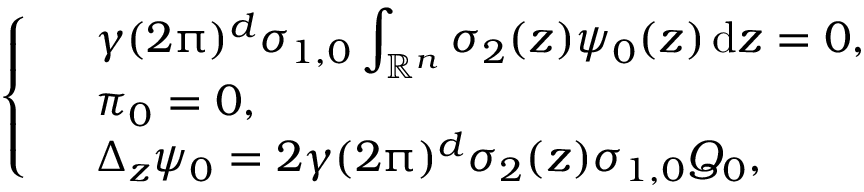
\left\{ \begin{array} { r l } & { \gamma ( 2 \uppi ) ^ { d } \sigma _ { 1 , 0 } \displaystyle \int _ { \mathbb R ^ { n } } \sigma _ { 2 } ( z ) \psi _ { 0 } ( z ) \, { \mathrm { d } } z = 0 , } \\ & { \pi _ { 0 } = 0 , } \\ & { \Delta _ { z } \psi _ { 0 } = 2 \gamma ( 2 \uppi ) ^ { d } \sigma _ { 2 } ( z ) \sigma _ { 1 , 0 } Q _ { 0 } , } \end{array} \right.